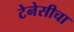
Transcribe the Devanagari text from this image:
टेनेसीचा